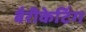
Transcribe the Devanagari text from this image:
बैरीकेटिंग